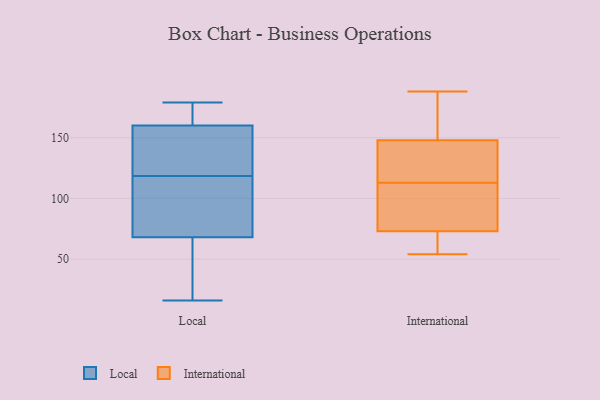
{"axis": {"x": "Bounce Rate (%)", "y": "Value"}, "legend": ["International", "Local"], "data": [{"x": "", "y": 115, "type": "Local"}, {"x": "", "y": 160, "type": "Local"}, {"x": "", "y": 34, "type": "Local"}, {"x": "", "y": 16, "type": "Local"}, {"x": "", "y": 122, "type": "Local"}, {"x": "", "y": 106, "type": "Local"}, {"x": "", "y": 179, "type": "Local"}, {"x": "", "y": 65, "type": "Local"}, {"x": "", "y": 71, "type": "Local"}, {"x": "", "y": 160, "type": "Local"}, {"x": "", "y": 127, "type": "Local"}, {"x": "", "y": 51, "type": "Local"}, {"x": "", "y": 86, "type": "Local"}, {"x": "", "y": 166, "type": "Local"}, {"x": "", "y": 145, "type": "Local"}, {"x": "", "y": 164, "type": "Local"}, {"x": "", "y": 108, "type": "International"}, {"x": "", "y": 118, "type": "International"}, {"x": "", "y": 162, "type": "International"}, {"x": "", "y": 155, "type": "International"}, {"x": "", "y": 127, "type": "International"}, {"x": "", "y": 141, "type": "International"}, {"x": "", "y": 60, "type": "International"}, {"x": "", "y": 108, "type": "International"}, {"x": "", "y": 188, "type": "International"}, {"x": "", "y": 67, "type": "International"}, {"x": "", "y": 79, "type": "International"}, {"x": "", "y": 54, "type": "International"}]}